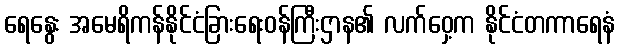
ရေနွေး အမေရိကန်နိုင်ငံခြားရေးဝန်ကြီးဌာန၏ လက်ဝှေ့က နိုင်ငံတကာရေနံ